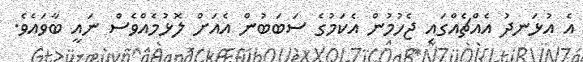
އެ އުޅަނދު އެއްޗެއްގައި ޖެހުމުން އެކަމުގެ ސަބަބުން އެއަށް ލޮޅުމެއްވެސް ނައީ ބާވައެވެ.